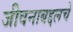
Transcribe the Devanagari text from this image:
जीवनाबद्दलचे